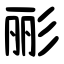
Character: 彨